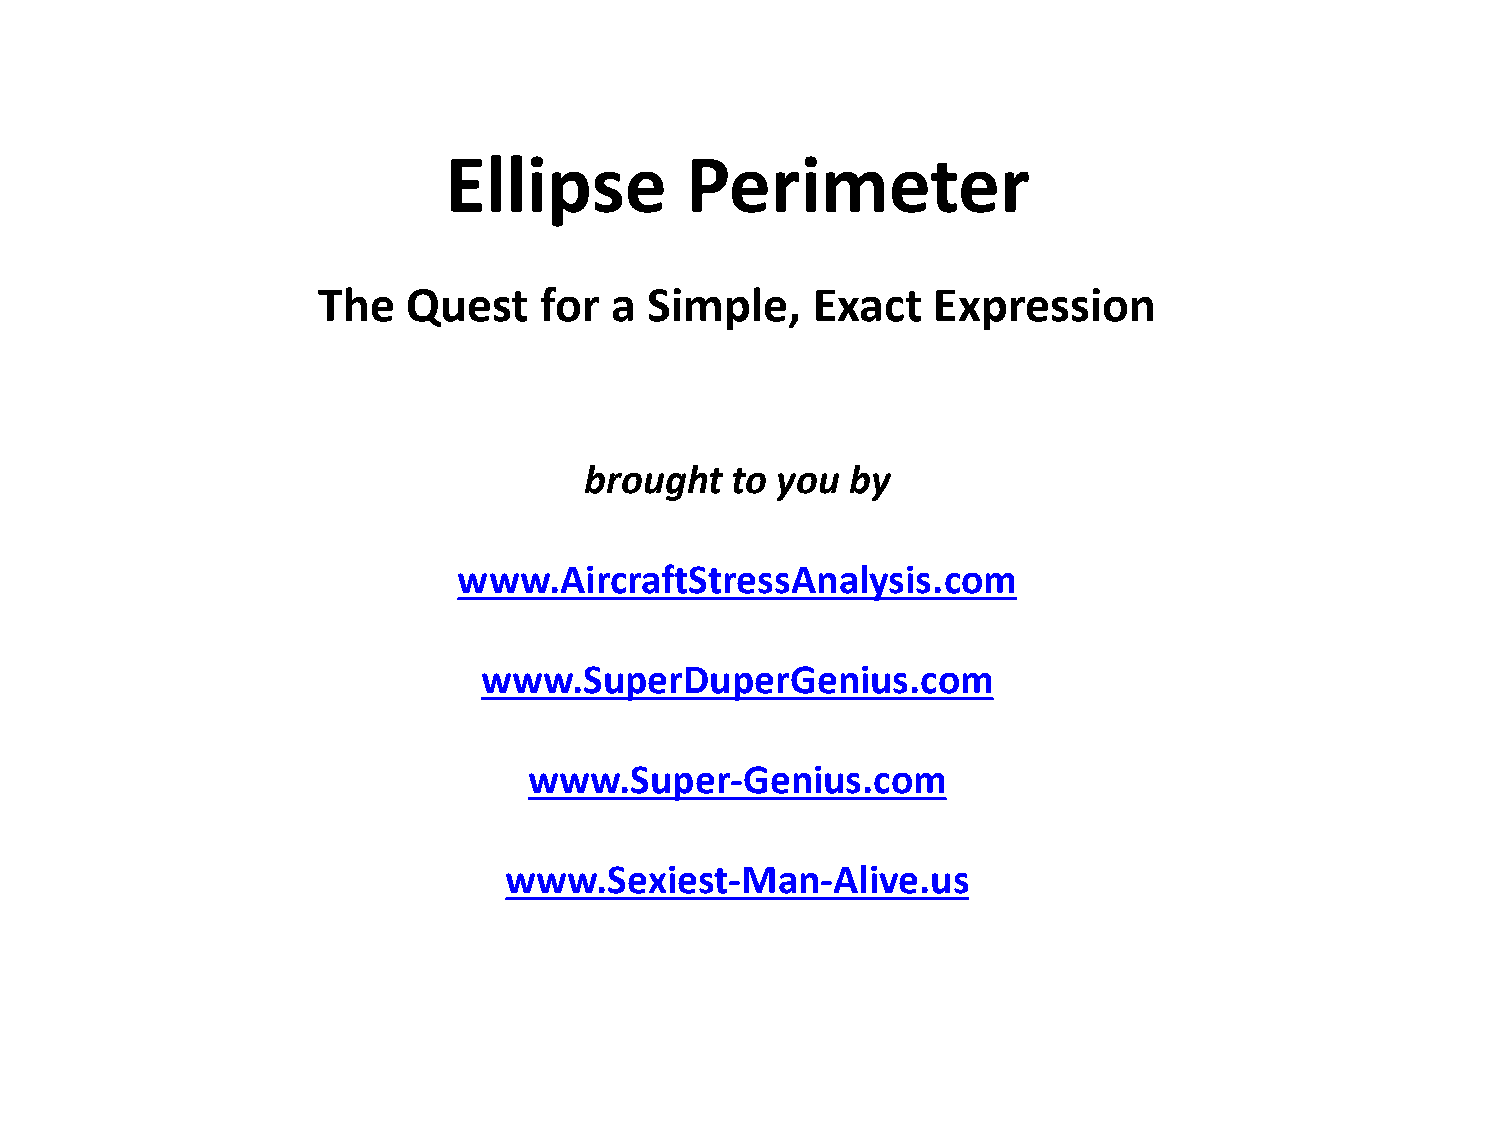
Ellipse         Perimeter
 The   Quest    for  a Simple,    Exact   Expression
 brought  to you  by
 www.AircraftStressAnalysis.com
 www.SuperDuperGenius.com
 www.Super-Genius.com
 www.Sexiest-Man-Alive.us